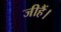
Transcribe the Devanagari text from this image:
जीहैं।